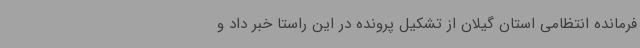
فرمانده انتظامی استان گیلان از تشکیل پرونده در این راستا خبر داد و